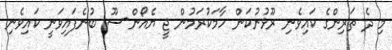
މި ދެ ތަރިންގެ ކައިވެނި ރޫޅުނުކަން ހާމަކުރަމުން ޖީ ޔެއޯން-ސޫ ބުނެފައިވަނީ ކައިވެނި